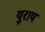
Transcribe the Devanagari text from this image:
युराय